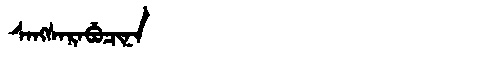
Manchu: ᠰᠠᠩᠰᠠᡵᠠᠪᡠᠴᡳᠨᠠ
Romanization: SANGSARABUCINA